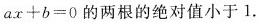
a x + b = 0$$的两根的绝对值小于1。